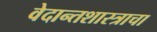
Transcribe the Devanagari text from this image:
वेदान्तशास्त्राचा